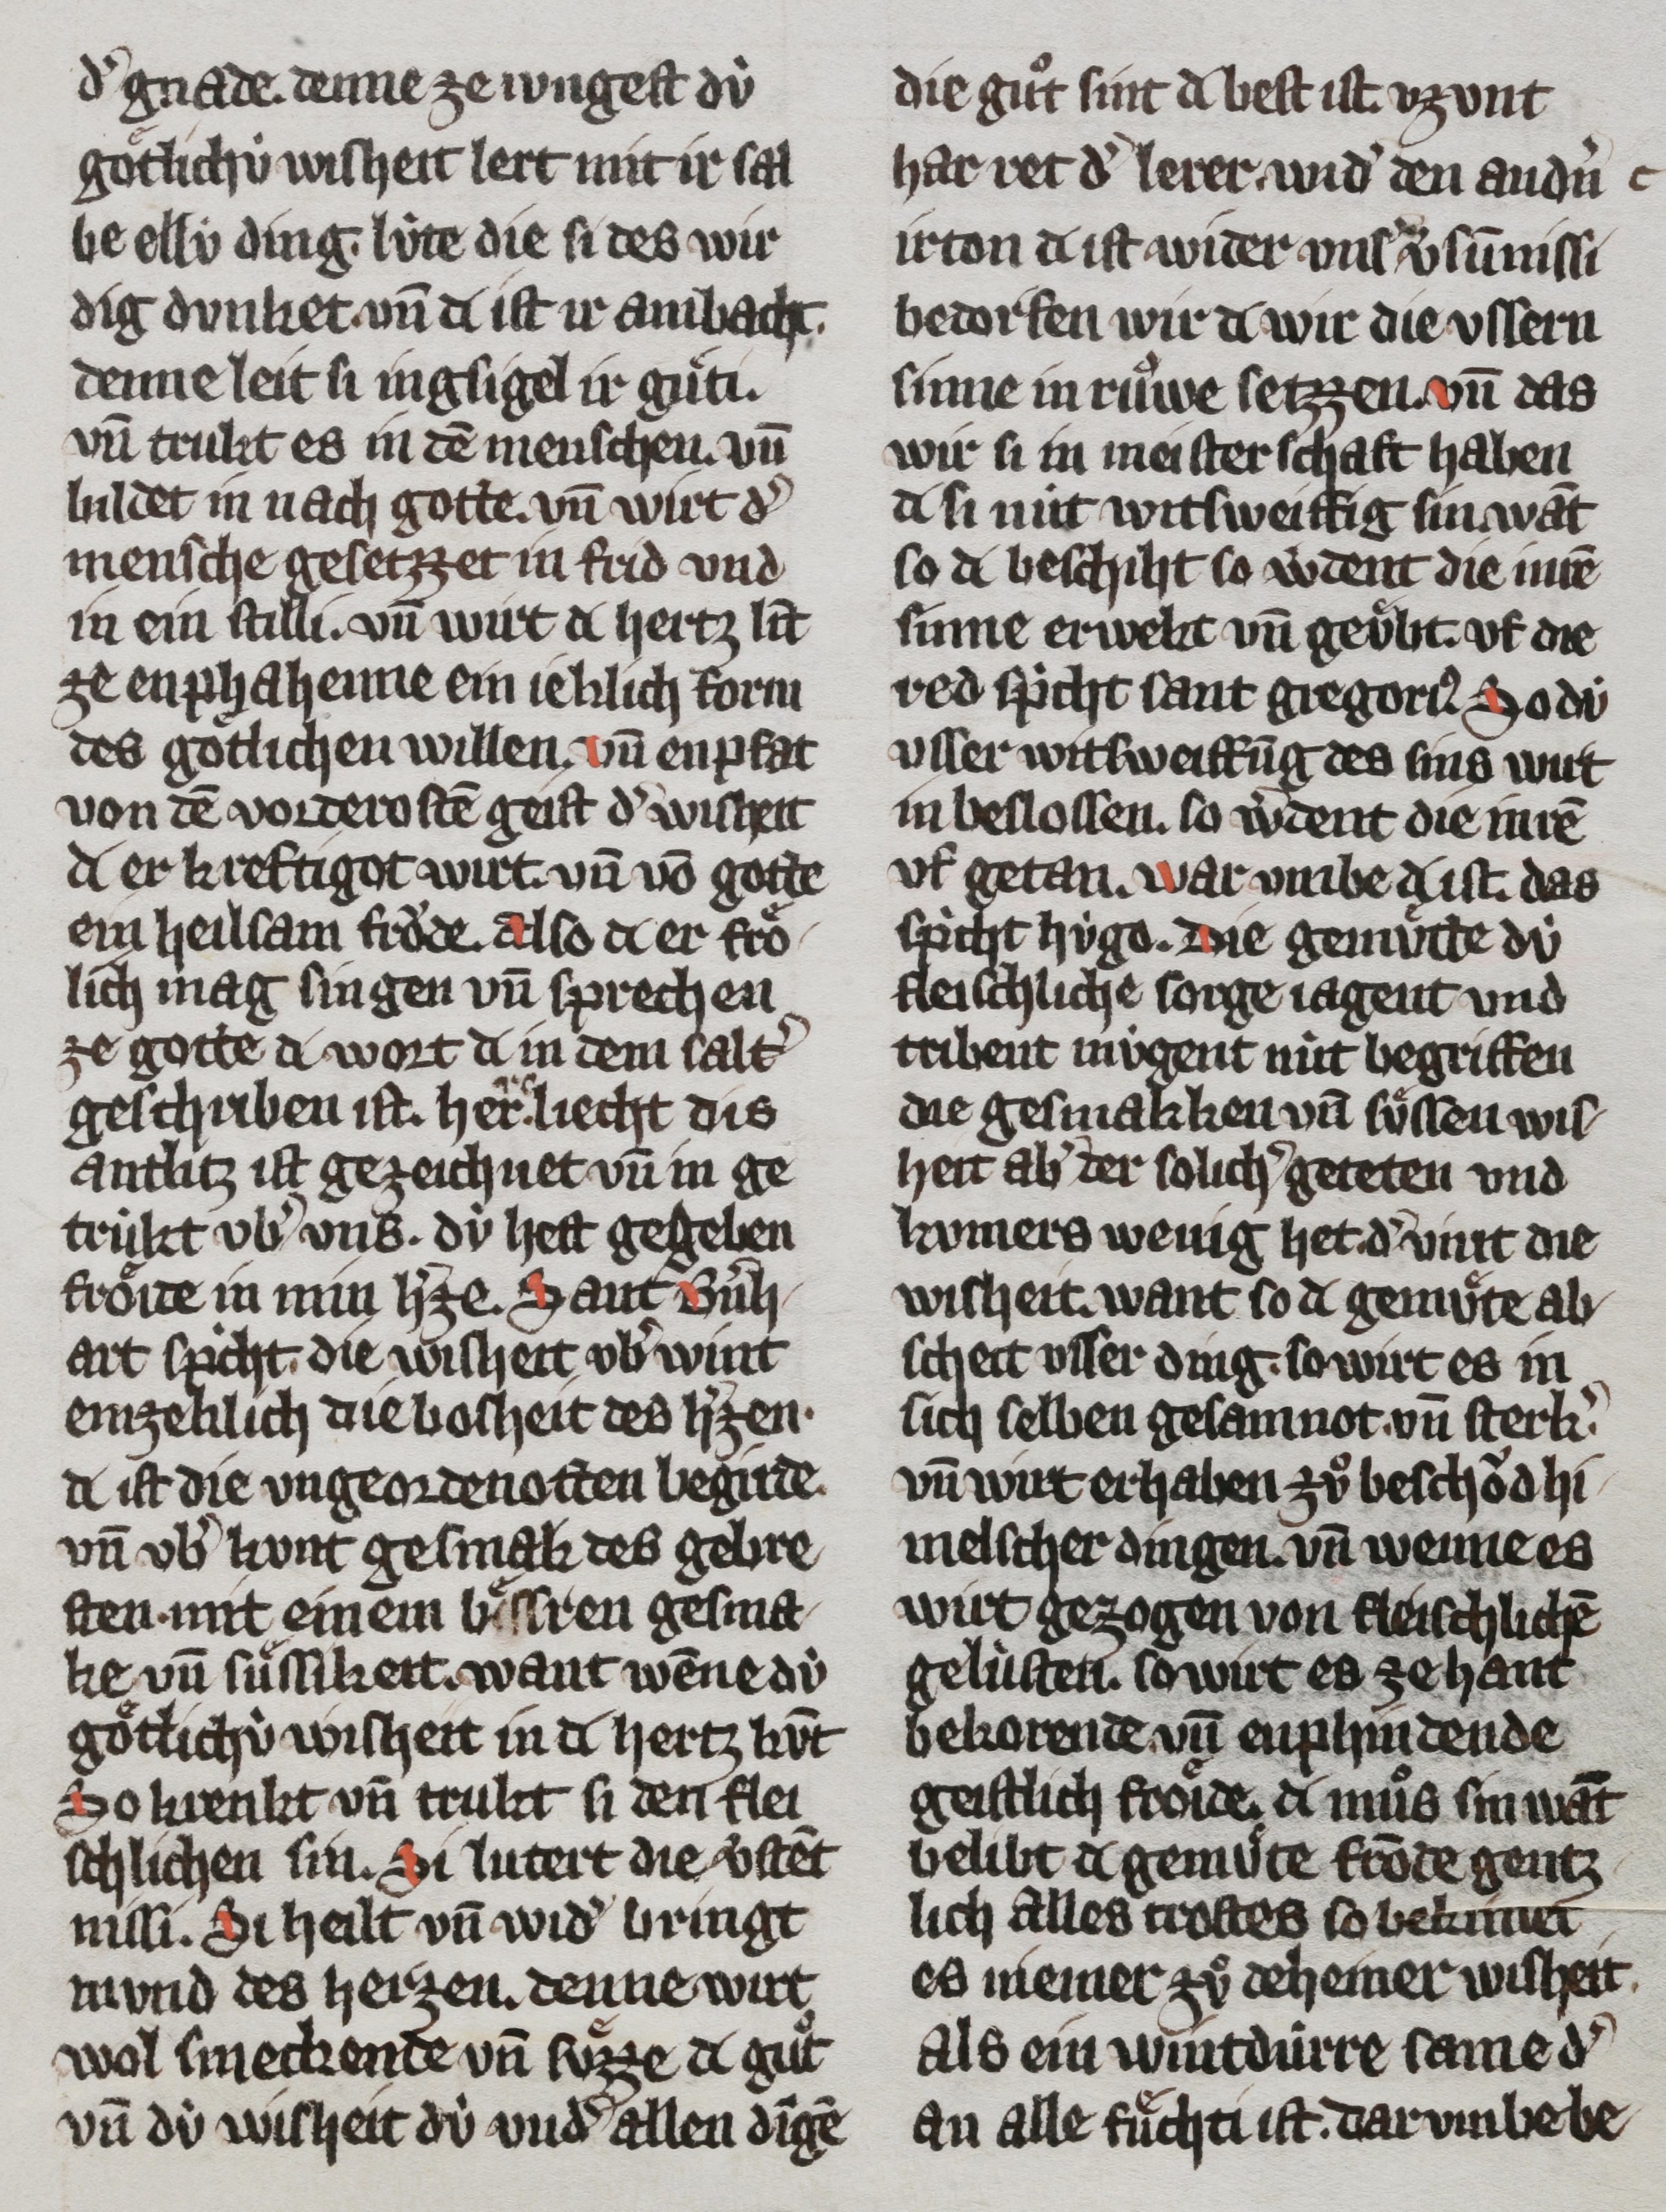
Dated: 1300–1399